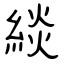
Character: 緂